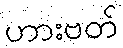
ဟားဗတ်